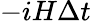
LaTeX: -iH\Delta t